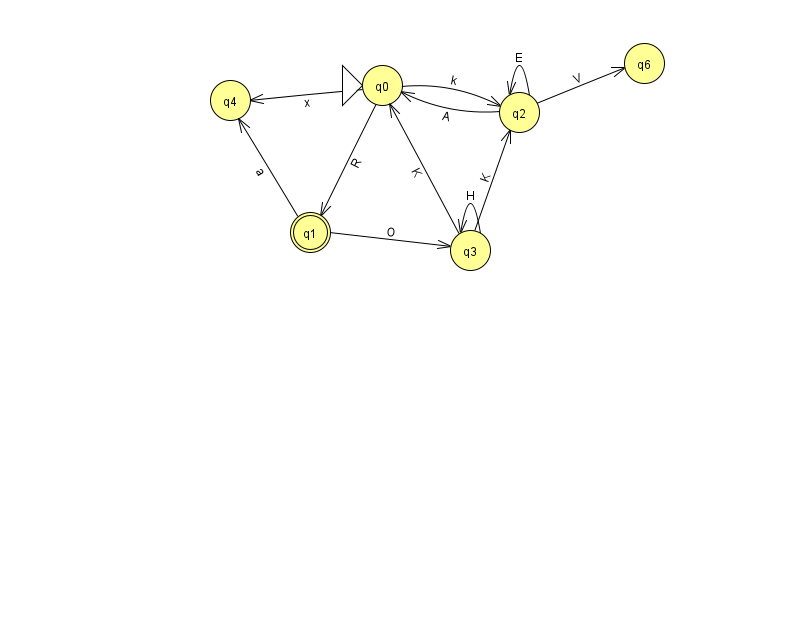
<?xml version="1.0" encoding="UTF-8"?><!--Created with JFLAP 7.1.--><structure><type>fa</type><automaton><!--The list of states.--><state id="0" name="q0"><x>382.0</x><y>72.0</y><initial/></state><state id="1" name="q1"><x>310.0</x><y>219.0</y><final/></state><state id="2" name="q2"><x>519.0</x><y>99.0</y></state><state id="3" name="q3"><x>470.0</x><y>237.0</y></state><state id="4" name="q4"><x>230.0</x><y>87.0</y></state><state id="6" name="q6"><x>644.0</x><y>50.0</y></state><!--The list of transitions.--><transition><from>0</from><to>1</to><read>R</read></transition><transition><from>0</from><to>4</to><read>x</read></transition><transition><from>0</from><to>2</to><read>k</read></transition><transition><from>2</from><to>6</to><read>V</read></transition><transition><from>2</from><to>2</to><read>E</read></transition><transition><from>3</from><to>2</to><read>K</read></transition><transition><from>3</from><to>3</to><read>H</read></transition><transition><from>2</from><to>0</to><read>A</read></transition><transition><from>1</from><to>3</to><read>O</read></transition><transition><from>1</from><to>4</to><read>a</read></transition><transition><from>3</from><to>0</to><read>K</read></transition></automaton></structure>